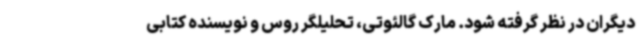
دیگران در نظر گرفته شود. مارک گالئوتی، تحلیلگر روس و نویسنده کتابی